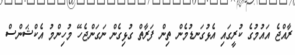
ރާއްޖެ އައުމުގެ ކުރީގައި އެޅުގަނޑުމެން ތިން ފަރާތް ގުޅިގެން ނަގަންޖެހޭ މުހިންމު އެކްޝަންސް